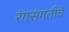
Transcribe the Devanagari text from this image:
रंगसंगतीचे